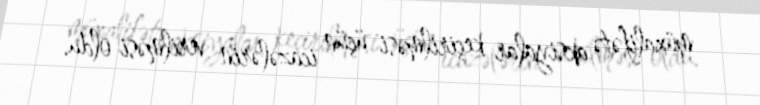
müxalifətə aksiyalar keçirilməsi üçün icazələrin verilməsi oldu.